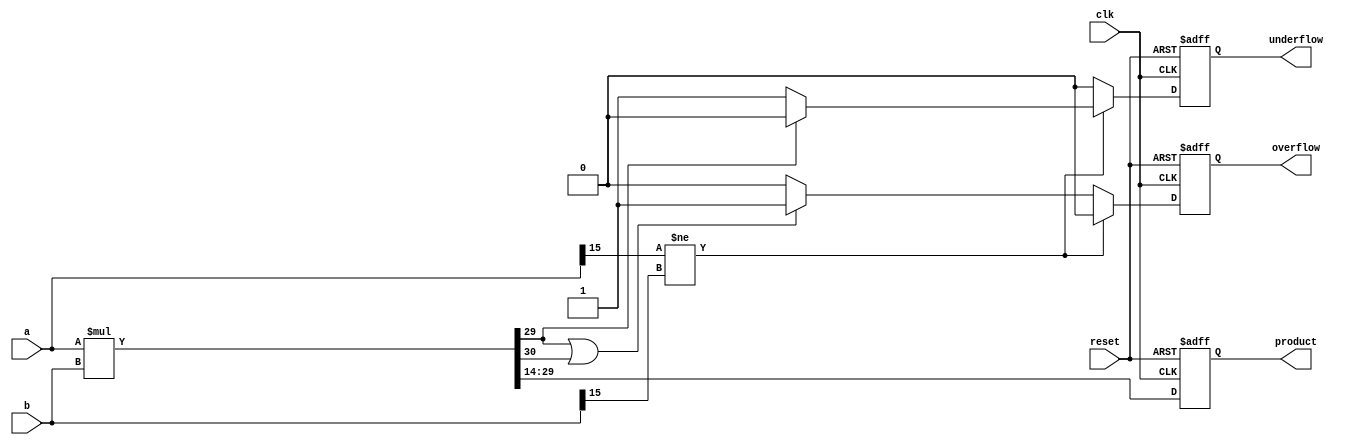
module fp_mult #(
    parameter W_len =16 , //!Word length of inputs
    parameter W_fract = 14 //! Length of fractional part of input
) (
    input clk,
    input reset,
    input signed [W_len-1:0] a,
    input signed [W_len-1:0] b,
    output reg signed [W_len-1:0] product,
    output reg overflow, //!Shows whether overflow have occured or not
    output reg underflow //!Shows whether underflow have occured or not
);

wire signed [2*W_len-1:0] product_i;

assign product_i = a*b;

always @(posedge clk or posedge reset) begin
    if (reset) begin
        product <= 0;
        overflow <= 0;
        underflow <= 0;
    end
    else begin
        product <= product_i[W_len+W_fract-1:W_fract];

        if (a[W_len-1] != b[W_len-1] ) begin
            if (product_i[(2*W_len-1)-(W_len-W_fract)] == 0) begin
                overflow <= 0;
                underflow <= 1;
            end 
            else begin
                overflow <= 0;
                underflow <= 0;                
            end
        end

        else begin
            if ((product_i[(2*W_len-1)-(W_len-W_fract)] == 1 || product_i[(2*W_len-1)-(W_len-W_fract)+1] == 1)) begin
                overflow <= 1;
                underflow <= 0;
            end 
            else begin
                overflow <= 0;
                underflow <= 0;   
            end
        end
    end
end

endmodule